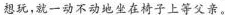
想玩，就一动不动地坐在椅子上等父亲。